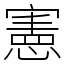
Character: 憲